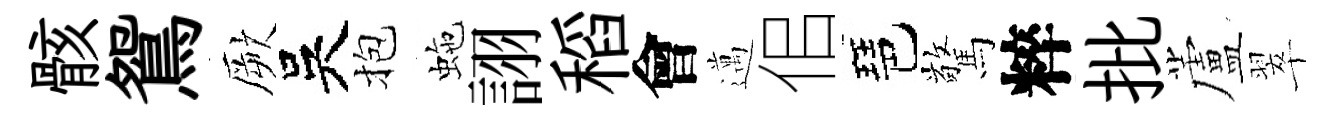
骸鴛厥吳抱虵詡稻會邁佀琶驚粹批蘆翠